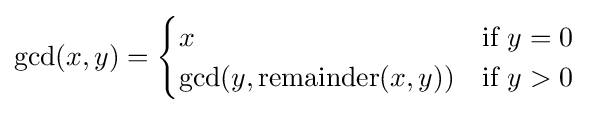
\gcd(x,y)={\begin{cases}x&{\mbox{if }}y=0\\\gcd(y,\operatorname {remainder} (x,y))&{\mbox{if }}y>0\\\end{cases}}